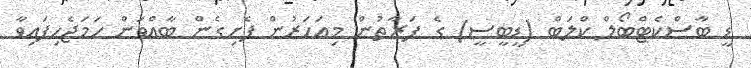
ޑީ ބާސްކެޓްބޯލް ކްލަބް (ޑީބީސީ) ގެ ފަރާތުން މިއަހަރުން ފެށިގެން ބާއްވަން ހަމަޖެހިފައިވާ